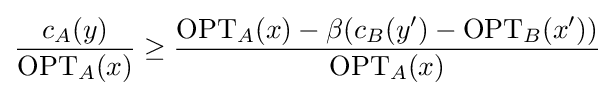
{\frac {c_{A}(y)}{\mathrm {OPT} _{A}(x)}}\geq {\frac {\mathrm {OPT} _{A}(x)-\beta (c_{B}(y')-\mathrm {OPT} _{B}(x'))}{\mathrm {OPT} _{A}(x)}}